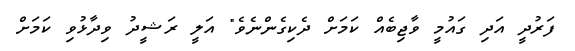
ފަރުދީ އަދި ގައުމީ ވާޖިބެއް ކަމަށް ދެކިގެންނެވެ" އަލީ ރަޝީދު ވިދާޅުވި ކަމަށް